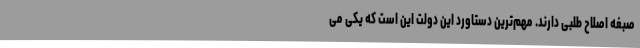
صبغه اصلاح طلبی دارند. مهم‌ترین دستاورد این دولت این است که یکی می